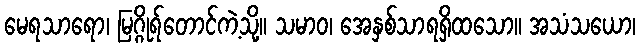
မေရသာရော၊ မြဂ္ဂိုရ်တောင်ကဲ့သို့။ သမာဝ၊ အေနှစ်သာရရှိထသော။ အသံသယော၊